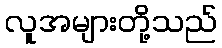
လူအများတို့သည်